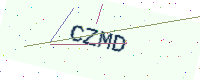
Text: CZMD